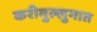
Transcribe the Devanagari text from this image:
करीमुल्लुगात